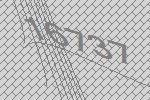
16737